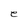
Character: e